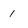
Character: 1